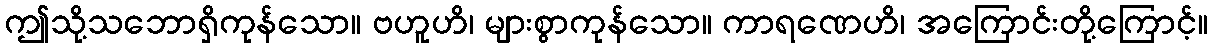
ဤသို့သဘောရှိကုန်သော။ ဗဟူဟိ၊ များစွာကုန်သော။ ကာရဏေဟိ၊ အကြောင်းတို့ကြောင့်။